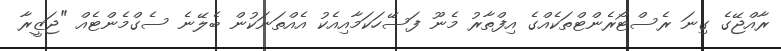
ރާއްޖޭގެ ގިނަ ރެސްޓޯރެންޓްތަކެއްގެ އިފްތާރު މެނޫ ފަސޭހަކަމާއިއެކު އެއްތަނަކުން ބެލޭނެ ސެގްމެންޓެއް "ޖަޒީރާ